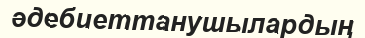
әдебиеттанушылардың